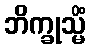
ဘိက္ခုသ္မိံ